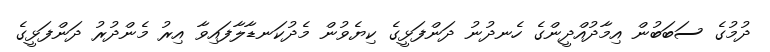
ދުމުގެ ސަބަބުން އިމާދުއްދީންގެ ހެނދުނު ދަންފަޅީގެ ކިޔެވުން މެދުކަނޑާލާފައިވާ އިރު މެންދުރު ދަންފަޅީގެ